Indian journal of veterinary science and animal husbandry - Volume 12,
Year: 1942
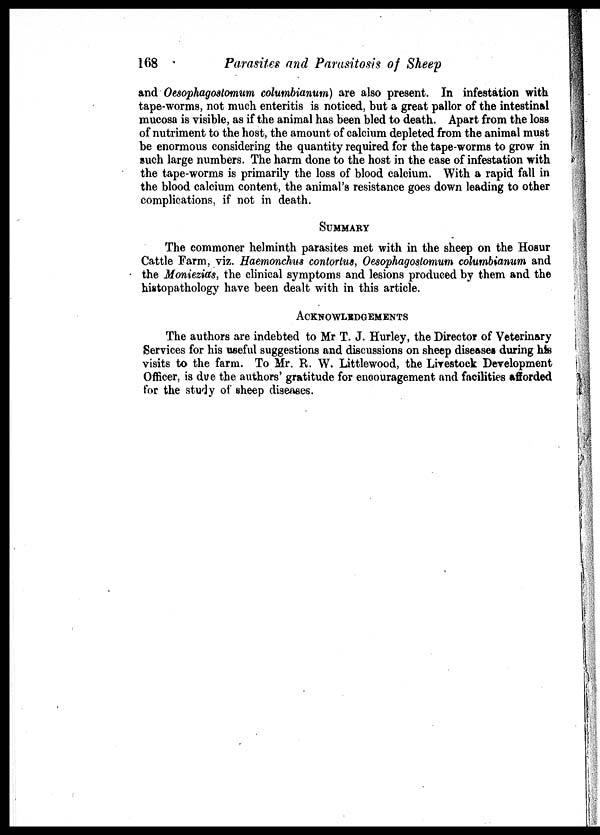
168
Parasites and Parasitosis of Sheep
and Oesophagostomum columbianum) are also present. In infestation with
tape-worms, not much enteritis is noticed, but a great pallor of the intestinal
mucosa is visible, as if the animal has been bled to death. Apart from the loss
of nutriment to the host, the amount of calcium depleted from the animal must
be enormous considering the quantity required for the tape-worms to grow in
such large numbers. The harm done to the host in the case of infestation with
the tape-worms is primarily the loss of blood calcium. With a rapid fall in
the blood calcium content, the animal's resistance goes down leading to other
complications, if not in death.
SUMMARY
The commoner helminth parasites met with in the sheep on the Hosur
Cattle Farm, viz. Haemonchus contortus, Oesophagostomum columbianum and
the Moniezias, the clinical symptoms and lesions produced by them and the
histopathology have been dealt with in this article.
ACKNOWLEDGEMENTS
The authors are indebted to Mr T. J. Hurley, the Director of Veterinary
Services for his useful suggestions and discussions on sheep diseases during his
visits to the farm. To Mr. R. W. Littlewood, the Livestock Development
Officer, is due the authors' gratitude for encouragement and facilities afforded
for the study of sheep diseases.